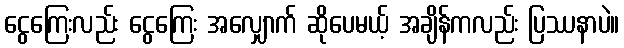
ငွေကြေးလည်း ငွေကြေး အလျှောက် ဆိုပေမယ့် အချိန်ကလည်း ပြဿနာပဲ။